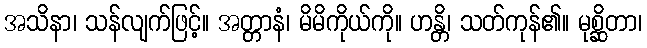
အသိနာ၊ သန်လျက်ဖြင့်။ အတ္တာနံ၊ မိမိကိုယ်ကို။ ဟန္တိ၊ သတ်ကုန်၏။ မုစ္ဆိတာ၊